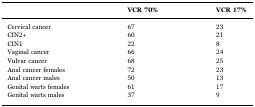
|  | VCR 70% | VCR 17% |
 | --- | --- | --- |
 | Cervical cancer | 67 | 23 |
 | CIN2+ | 60 | 21 |
 | CIN1 | 22 | 8 |
 | Vaginal cancer | 66 | 24 |
 | Vulvar cancer | 68 | 25 |
 | Anal cancer females | 72 | 23 |
 | Anal cancer males | 50 | 13 |
 | Genital warts females | 61 | 17 |
 | Genital warts males | 37 | 9 |